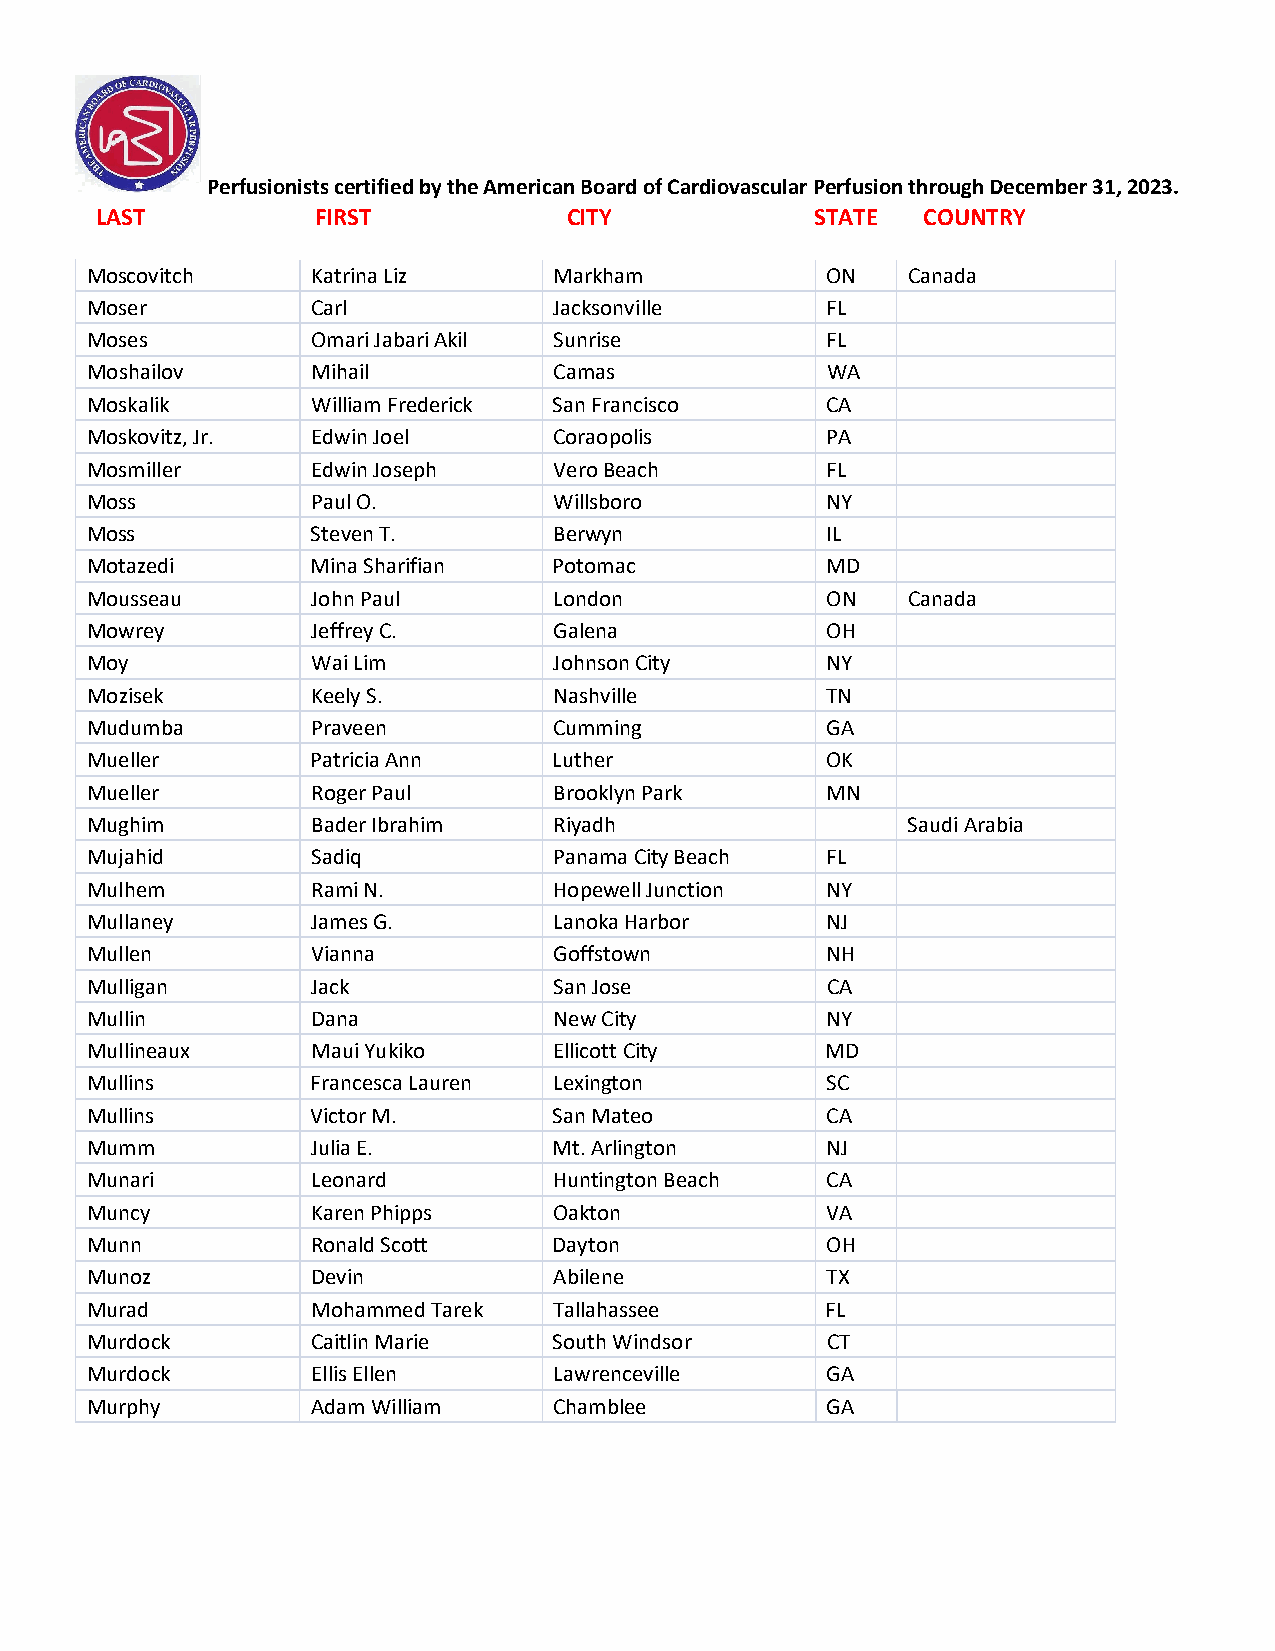
Perfusionists certified by the American Board of Cardiovascular Perfusion through December 31, 2023.
 LAST           FIRST            CITY            STATE  COUNTRY
 Moscovitch     Katrina Liz     Markham           ON   Canada
 Moser          Carl            Jacksonville      FL
 Moses          Omari Jabari Akil Sunrise         FL
 Moshailov      Mihail          Camas             WA
 Moskalik       William Frederick San Francisco   CA
 Moskovitz, Jr. Edwin Joel      Coraopolis        PA
 Mosmiller      Edwin Joseph    Vero Beach        FL
 Moss           Paul O.         Willsboro         NY
 Moss           Steven T.       Berwyn            IL
 Motazedi       Mina Sharifian  Potomac           MD
 Mousseau       John Paul       London            ON   Canada
 Mowrey         Jeffrey C.      Galena            OH
 Moy            Wai Lim         Johnson City      NY
 Mozisek        Keely S.        Nashville         TN
 Mudumba        Praveen         Cumming           GA
 Mueller        Patricia Ann    Luther            OK
 Mueller        Roger Paul      Brooklyn Park     MN
 Mughim         Bader Ibrahim   Riyadh                 Saudi Arabia
 Mujahid        Sadiq           Panama City Beach FL
 Mulhem         Rami N.         Hopewell Junction NY
 Mullaney       James G.        Lanoka Harbor     NJ
 Mullen         Vianna          Goffstown         NH
 Mulligan       Jack            San Jose          CA
 Mullin         Dana            New City          NY
 Mullineaux     Maui Yukiko     Ellicott City     MD
 Mullins        Francesca Lauren Lexington        SC
 Mullins        Victor M.       San Mateo         CA
 Mumm           Julia E.        Mt. Arlington     NJ
 Munari         Leonard         Huntington Beach  CA
 Muncy          Karen Phipps    Oakton            VA
 Munn           Ronald Scott    Dayton            OH
 Munoz          Devin           Abilene           TX
 Murad          Mohammed Tarek  Tallahassee       FL
 Murdock        Caitlin Marie   South Windsor     CT
 Murdock        Ellis Ellen     Lawrenceville     GA
 Murphy         Adam William    Chamblee          GA